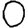
Digit: 0